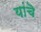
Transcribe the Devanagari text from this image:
यांचॆ